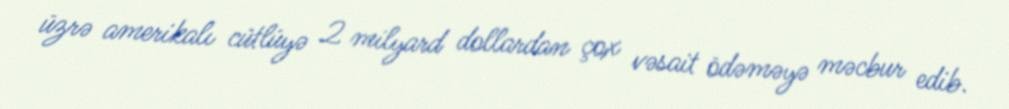
üzrə amerikalı cütlüyə 2 milyard dollardan çox vəsait ödəməyə məcbur edib.